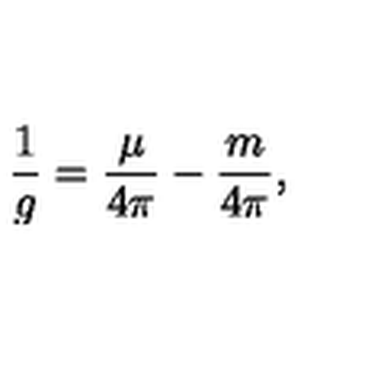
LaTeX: \frac { 1 } { g } = \frac { \mu } { 4 \pi } - \frac { m } { 4 \pi } ,